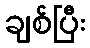
ချစ်ပြီး